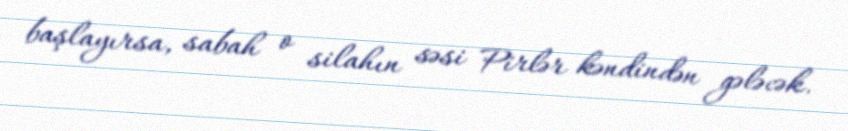
başlayırsa, sabah o silahın səsi Pirlər kəndindən gələcək.